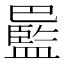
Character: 𫶻